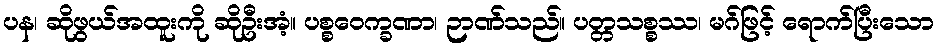
ပန၊ ဆိုဖွယ်အထူးကို ဆိုဦးအံ့။ ပစ္စဝေက္ခဏာ၊ ဉာဏ်သည်။ ပတ္တသစ္စဿ၊ မဂ်ဖြင့် ရောက်ပြီးသော